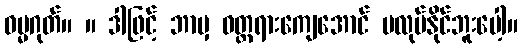
ဓမ္မဂုတ်။ ။ ဒါဖြင့် ဘာမှ ဝတ္တရားကျေအောင် မလုပ်နိုင်ဘူးပေါ့။